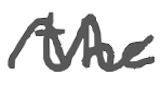
Text: the
Cross-out: wave
Writing tool: digital_gray